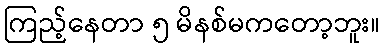
ကြည့်နေတာ ၅ မိနစ်မကတော့ဘူး။